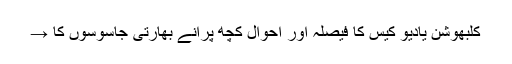
کلبھوشن یادیو کیس کا فیصلہ اور احوال کچھ پرانے بھارتی جاسوسوں کا →